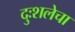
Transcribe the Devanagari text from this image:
दुःशलेचा